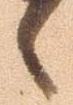
候